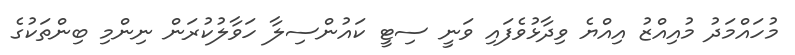
މުހައްމަދު މުއިއްޒު އިއްޔެ ވިދާޅުވެފައި ވަނީ ސިޓީ ކައުންސިލާ ހަވާލުކުރަން ނިންމި ބިންތަކުގެ